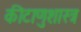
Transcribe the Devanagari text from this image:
कीटाणुशास्त्र